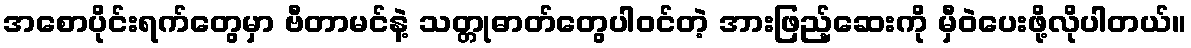
အစောပိုင်းရက်တွေမှာ ဗီတာမင်နဲ့ သတ္တုဓာတ်တွေပါဝင်တဲ့ အားဖြည့်ဆေးကို မှီဝဲပေးဖို့လိုပါတယ်။